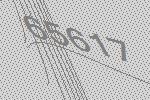
65617